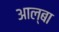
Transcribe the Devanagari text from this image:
आल्बा